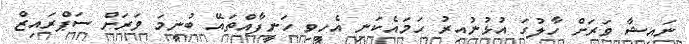
ނައިޝާ ވަރަށް ހާލުގަ އުޅުނުއިރު ހަމައެކަނި އެހީވި ހަނީފާއްތައޭ ބުނީމަ ވަރަށް ސަޕްރައިޒް